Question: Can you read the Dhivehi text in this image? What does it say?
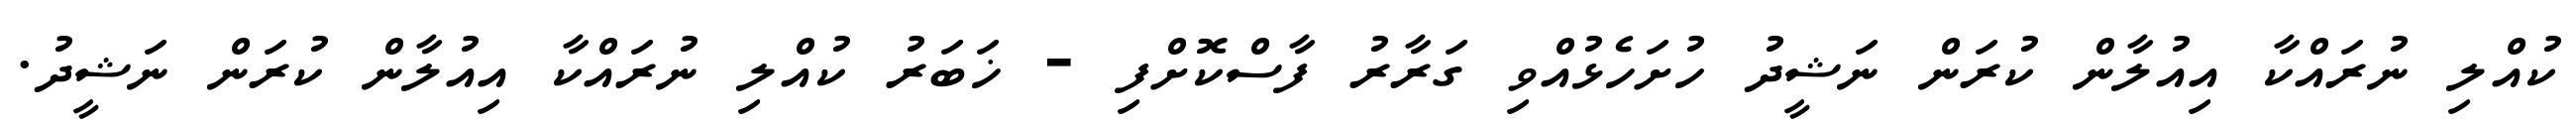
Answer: ކުއްލި ނުރައްކާ އިއުލާން ކުރަން ނަޝީދު ހުށަހެޅުއްވި ގަރާރު ފާސްކޮށްފި - ޚަބަރު ކުއްލި ނުރައްކާ އިއުލާން ކުރަން ނަޝީދު.